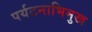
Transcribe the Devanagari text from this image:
पर्यटनाभिमुख